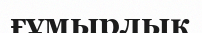
ғұмырлық